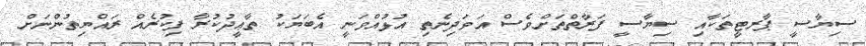
ސިޔާސީ ޕާރޓީތަކާއި ސިޔާސީ ފަރާތްތަށްވެސް އަވަދިނެތި އުޅުއްވަނީ އެބަޔަކު ތާޢީދުކުރާ ފިކުރެއް ރައްޔިތުންނަށް